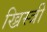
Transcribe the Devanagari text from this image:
ख्रिस्त्री